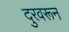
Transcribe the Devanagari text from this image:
दुरवरून